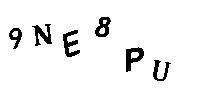
9NE8PU